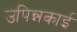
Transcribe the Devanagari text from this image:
उपिन्नकाई